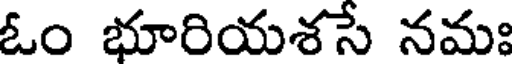
ఓం భూరియశసే నమః